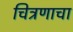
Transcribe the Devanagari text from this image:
चित्रणाचा